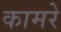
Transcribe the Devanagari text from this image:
कामरे